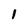
Character: 1